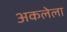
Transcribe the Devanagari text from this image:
अकलेला